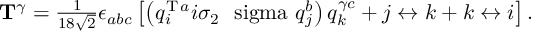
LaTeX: { \bf T } ^ { \gamma } = { \textstyle \frac { 1 } { 1 8 \sqrt { 2 } } } \epsilon _ { a b c } \left[ \left( q _ { i } ^ { \mathrm { T } \, a } i \sigma _ { 2 } \mathrm { \boldmath ~ \ s i g m a ~ } q _ { j } ^ { b } \right) q _ { k } ^ { \gamma c } + j \leftrightarrow k + k \leftrightarrow i \right] .